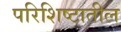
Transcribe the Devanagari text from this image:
परिशिष्टातील